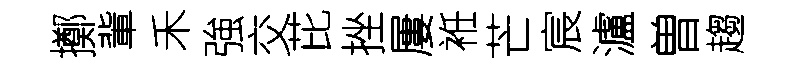
擲軰禾強交芘挫屢袵芒宸瀘曽趨